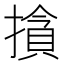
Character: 𰔣